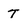
Character: t